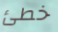
خطئ